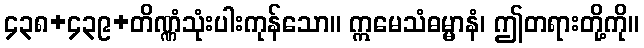
၄၃၈+၄၃၉+တိဏ္ဏံသုံးပါးကုန်သော။ ဣမေသံဓမ္မာနံ၊ ဤတရားတို့ကို။